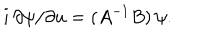
i \, \partial \psi / \partial u = ( A ^ { - 1 } B ) \, \psi .